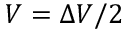
V = \Delta V / 2